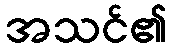
အသင်၏